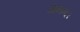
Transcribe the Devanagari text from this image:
आनन्द।